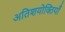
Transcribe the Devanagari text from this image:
अतिशयोक्तियाँ